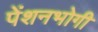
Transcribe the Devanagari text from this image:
पेंशनभोगी